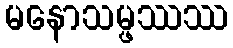
မနောသမ္ဖဿဿ